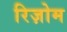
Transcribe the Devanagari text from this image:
रिज़ोम